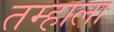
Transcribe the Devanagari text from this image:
तम्हाला